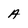
Character: A